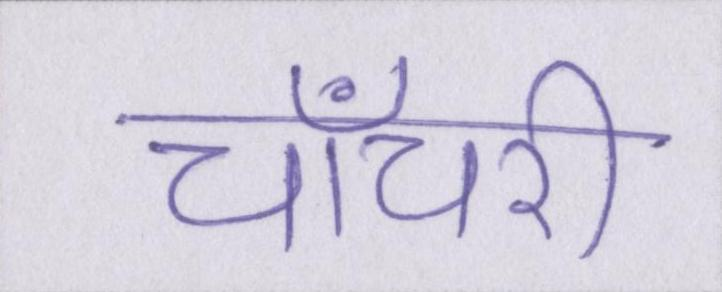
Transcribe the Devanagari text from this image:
चाँचरी